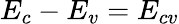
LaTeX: E_{c}-E_{v}=E_{cv}